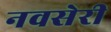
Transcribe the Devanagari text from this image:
नवसेरी